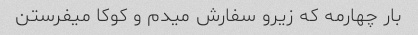
بار چهارمه که زیرو سفارش میدم و کوکا میفرستن